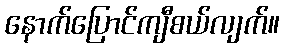
နောက်ပြောင်ကျီစယ်လျက်။